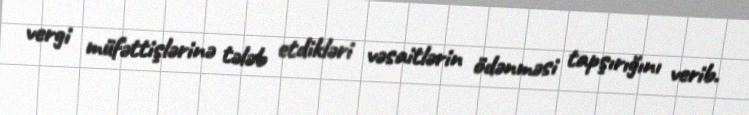
vergi müfəttişlərinə tələb etdikləri vəsaitlərin ödənməsi tapşırığını verib.